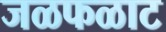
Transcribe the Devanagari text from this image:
जळफळाट